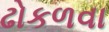
ઢોકળવા